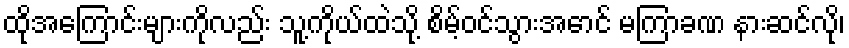
ထိုအကြောင်းများကိုလည်း သူ့ကိုယ်ထဲသို့ စိမ့်ဝင်သွားအောင် မကြာခဏ နားဆင်လို၊